Problem: 7 × 5 = ?
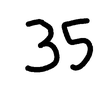
Handwritten answer: 35